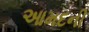
આમદની